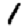
Digit: 1